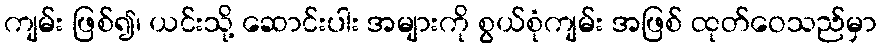
ကျမ်း ဖြစ်၍၊ ယင်းသို့ ဆောင်းပါး အများကို စွယ်စုံကျမ်း အဖြစ် ထုတ်ဝေသည်မှာ